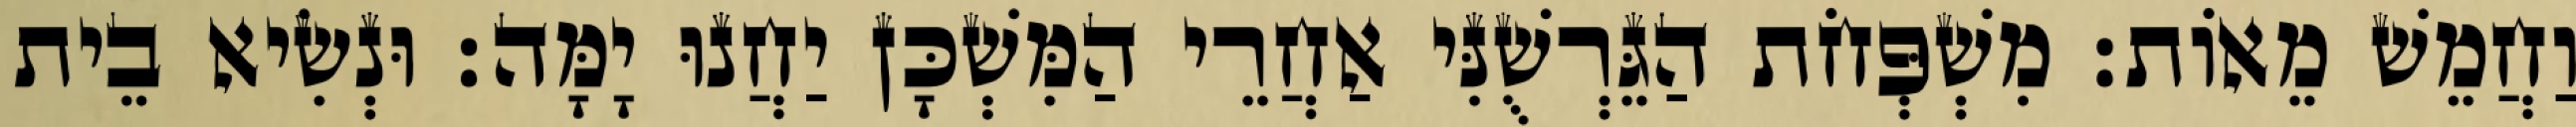
וַחֲמֵשׁ מֵאוֹת׃ מִשְׁפְּחֹת הַגֵּרְשֻׁנִּי אַחֲרֵי הַמִּשְׁכָּן יַחֲנוּ יָמָּה׃ וּנְשִׂיא בֵית